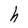
Character: h